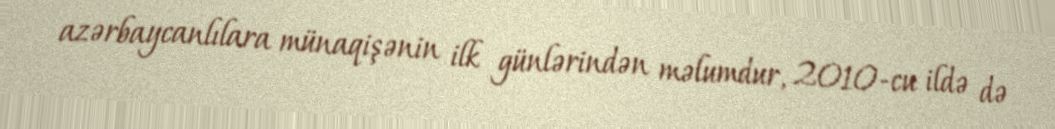
azərbaycanlılara münaqişənin ilk günlərindən məlumdur, 2010-cu ildə də